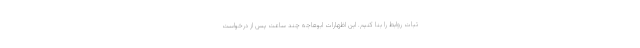
ثبات روابط را بنا کنیم. این اظهارات ابوهاجه چند ساعت پس از درخواست